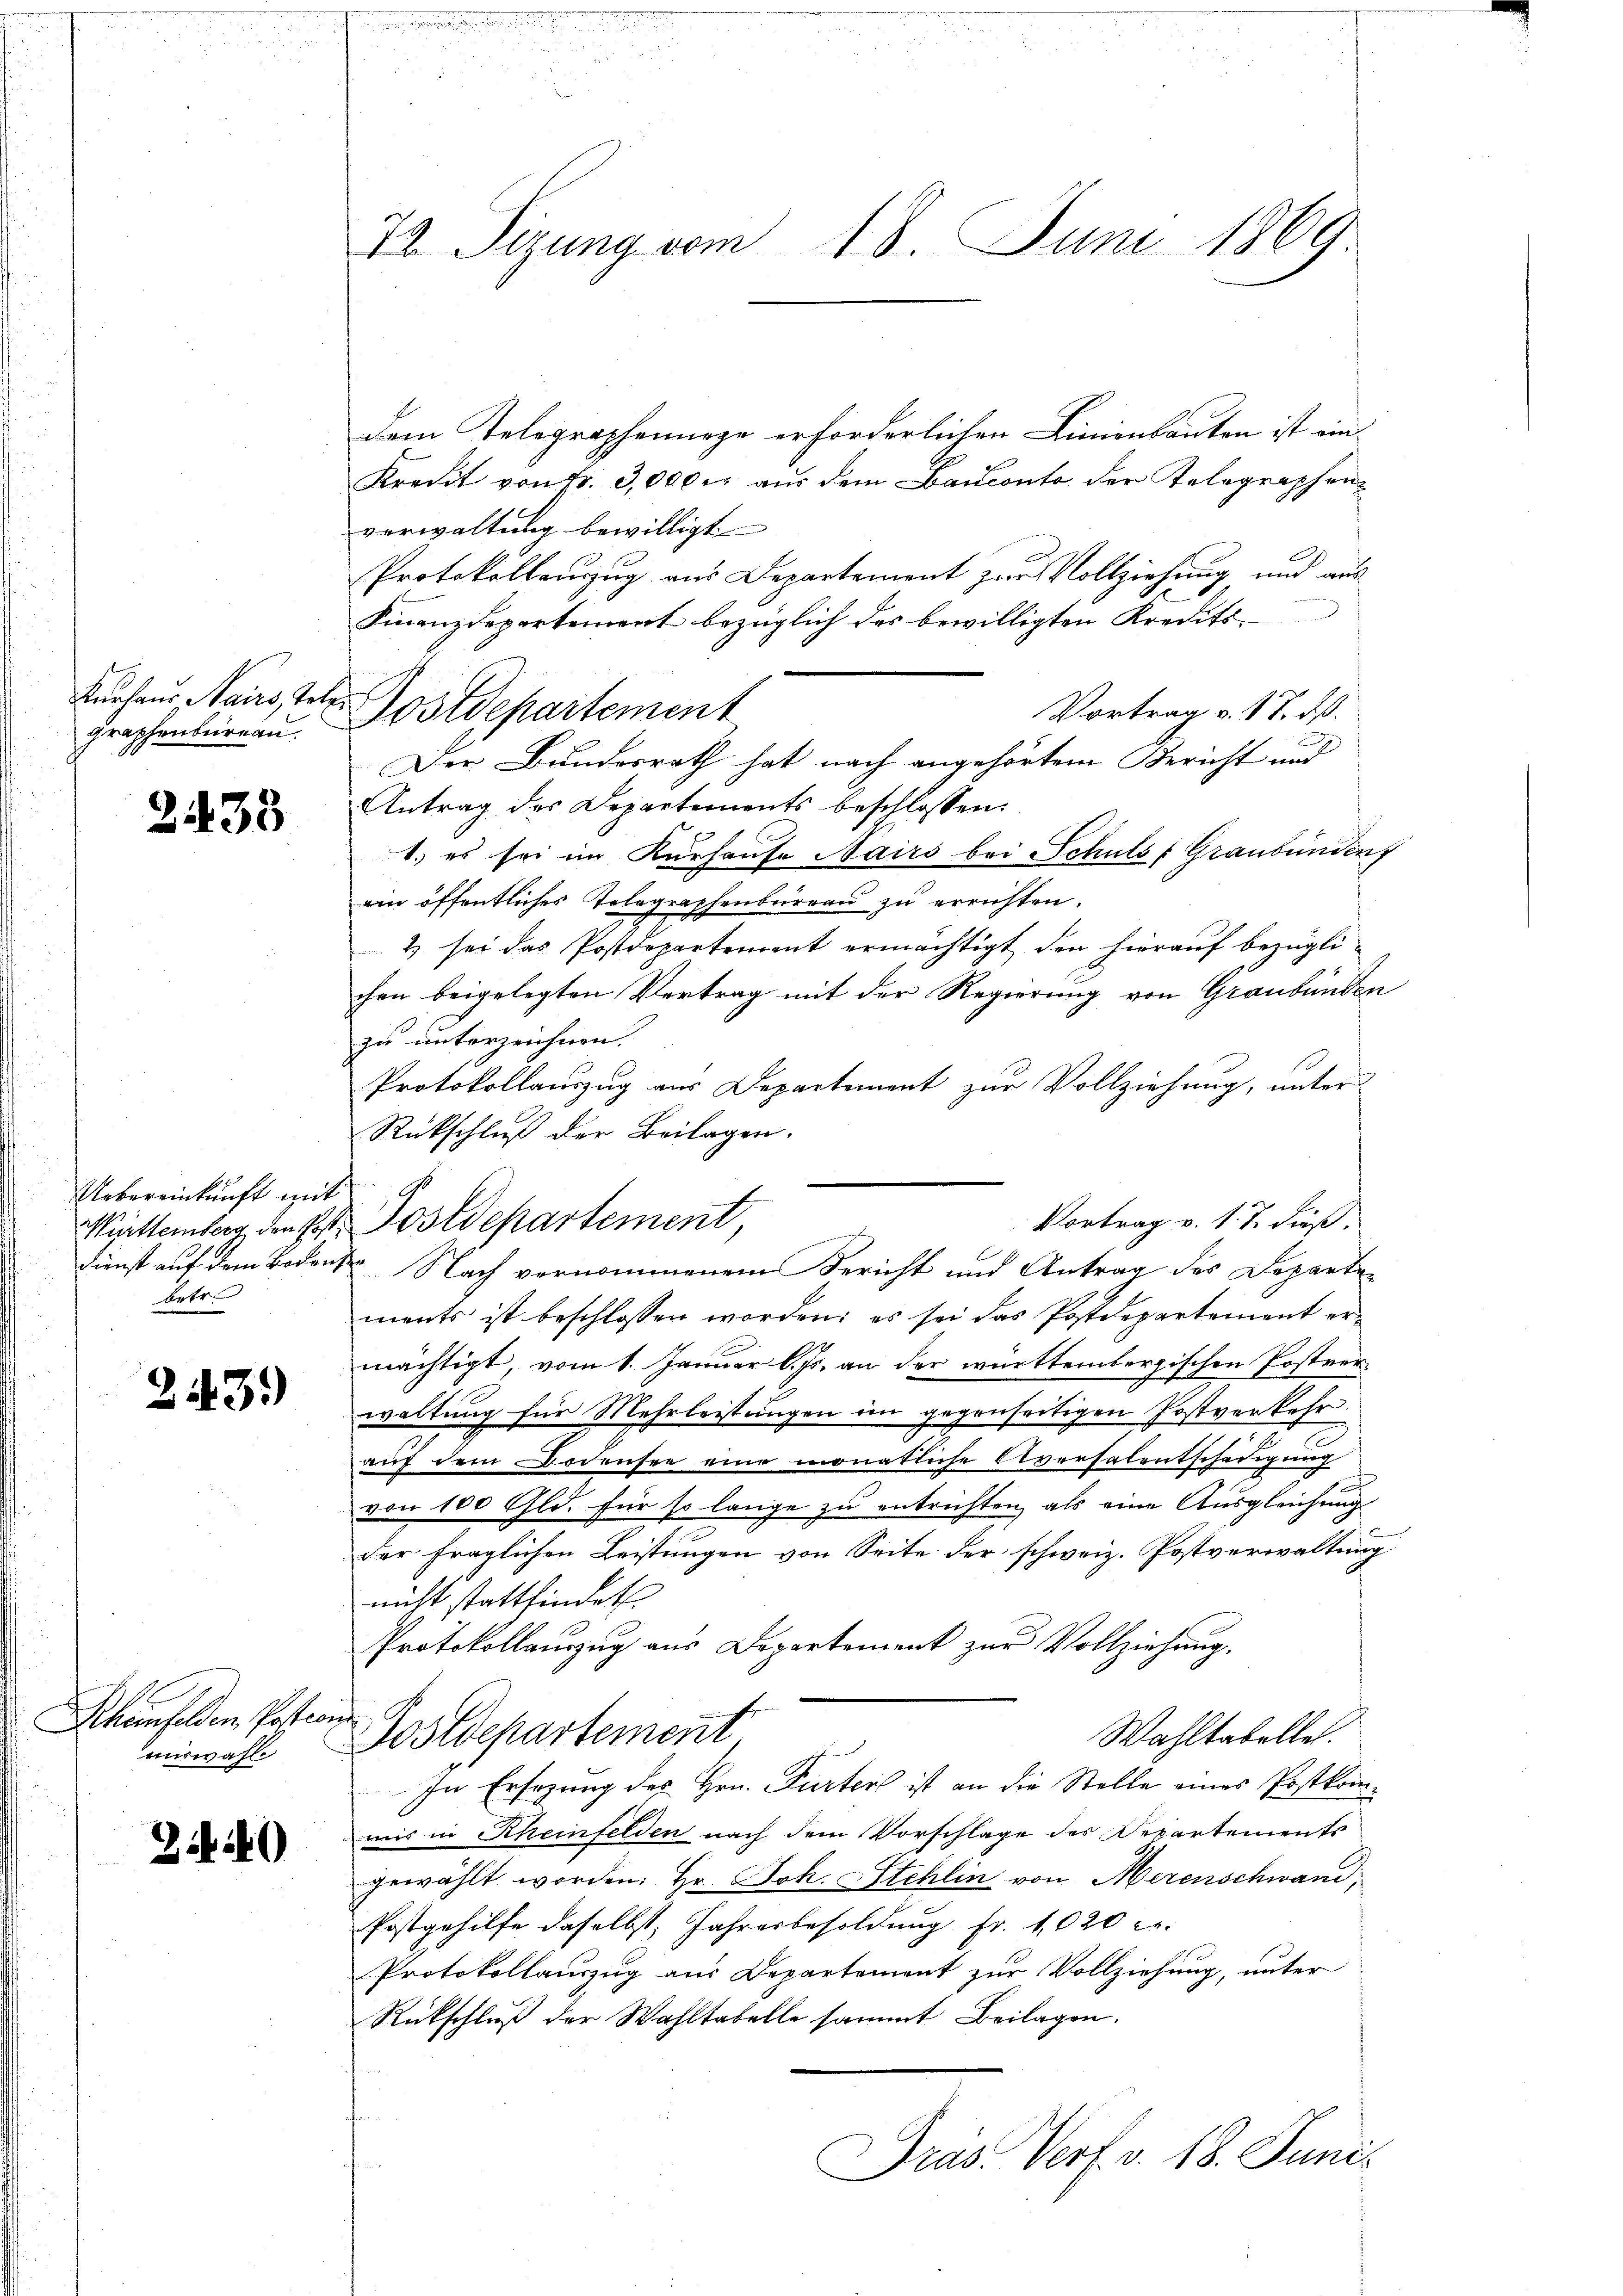
Graphenbüreau.

2433

Uebereinkunft mit
Württemberg den Pos
Dienst auf dem Boden
betr.

243)

Scheinfelden, Postion
miswahle

2440

72. Sizung vom 18. Juni 1869.

dem Telegraphennige erforderlichen Linienbauten ist ein
Kredit von Fr. 3,000. aus dem Bauconto der Telegraphenverwaltung bewilligt
f
Protokollenzug aus Departement zur Vollziehung und aus
Finanzdepartement bezüglich des bewilligten Kredits¬
Vortrag v. 17. ds.
Der Bundesrath hat nach angehörtem Bericht und
Antrag des Departements beschlossen:
1.) es sei im Kurhause Nairs bei Schuls Graubünden
ein öffentliches Telegraphenbureau zu errichten.
2) sei das Postdepartement ermächtigt den hierauf bezüglichen beigelegten Vertrag mit der Regierung von Graubünden
zu unterzeichnen.
Protokollauszug aus Departement zur Vollziehung, unter
Rückschluß der Beilagen.
g
Vortrag v. 1. J. dieß.
u Postdepartement,
 Nach vernommenem Bericht und Antrag des Departen
ments ist beschlossen worden; es sei das Postdepartement ermächtigt, vom 1. Januar l. Js. an der württembergischen Postverwaltung für Mehrleistungen im gegenseitigen Postverkehr
auf dem Bodensee eine monatliche Aversalentschädigung
von 100 Gld. für so lange zu entrichten, als eine Ausgleichung
der fraglichen Leistungen von Seite der schweiz. Postverwaltung
nicht stattfindet.
Protokollauszug aus Departement zur Vollziehung.
Wahltabellet.
Postdepartement
In Ersezung des Hrn. Furter ist an die Stelle eines Postkommis in Rheinfelden nach dem Vorschlage des Departements
gewählt worden: Hr. Joh. Stehlin von Merenschwand,
Postgehilfe daselbst, Jahresbesoldung fr. 1020 er
Protokollauszug aus Departement zur Vollziehung, unter
Rückschluß der Wahltabelle sammt Beilagen.
.
Präs. Verf. v. 18. Juni.

Kuchen Nairs, tote Postdepartement